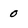
Character: 0